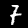
Digit: 7